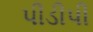
પીડીપી